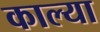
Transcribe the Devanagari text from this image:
काल्या